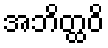
အဘိတ္ထဝိ